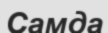
Самда